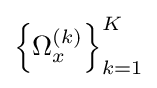
\left\{\Omega _{x}^{(k)}\right\}_{k=1}^{K}